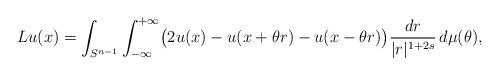
LaTeX: \begin{align*}Lu(x)=\int_{S^{n-1}}\int_{-\infty}^{+\infty}\bigl(2u(x)-u(x+\theta r)-u(x-\theta r)\bigr)\frac{dr}{|r|^{1+2s}}\,d\mu(\theta),\end{align*}